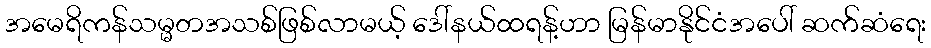
အမေရိကန်သမ္မတအသစ်ဖြစ်လာမယ့် ဒေါ်နယ်ထရန့်ဟာ မြန်မာနိုင်ငံအပေါ် ဆက်ဆံရေး